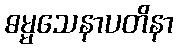
ဓမ္မသေနာပတိနာ